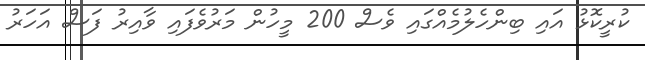
ކުރީކޮޅު އައި ބިންހެލުމެއްގައި ވެސް 200 މީހުން މަރުވެފައި ވާއިރު ފަސް އަހަރު